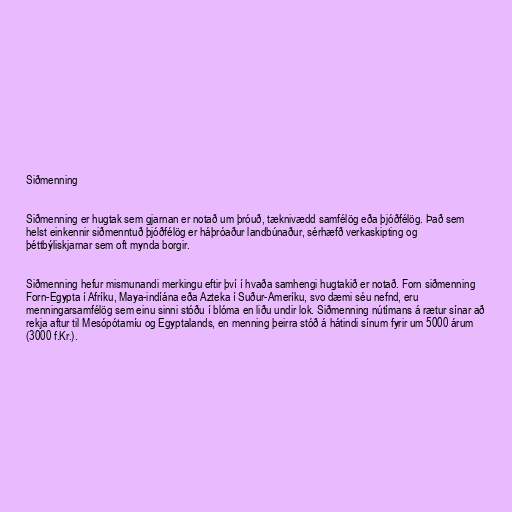
Siðmenning

Siðmenning er hugtak sem gjarnan er notað um þróuð, tæknivædd samfélög eða þjóðfélög. Það sem
helst einkennir siðmenntuð þjóðfélög er háþróaður landbúnaður, sérhæfð verkaskipting og
þéttbýliskjarnar sem oft mynda borgir.

Siðmenning hefur mismunandi merkingu eftir því í hvaða samhengi hugtakið er notað. Forn siðmenning
Forn-Egypta í Afríku, Maya-indíána eða Azteka í Suður-Ameríku, svo dæmi séu nefnd, eru
menningarsamfélög sem einu sinni stóðu í blóma en liðu undir lok. Siðmenning nútímans á rætur sínar að
rekja aftur til Mesópótamíu og Egyptalands, en menning þeirra stóð á hátindi sínum fyrir um 5000 árum
(3000 f.Kr.).